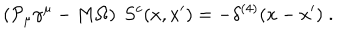
\left( { \cal P } _ { \mu } \gamma ^ { \mu } - M \Omega \right) \ S ^ { c } ( x , x ^ { \prime } ) = - \delta ^ { ( 4 ) } ( x - x ^ { \prime } ) \; .